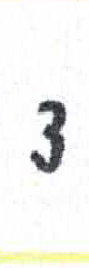
אות: צ